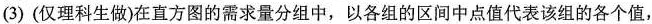
(3)(仅理科生做)在直方图的需求量分组中，以各组的区间中点值代表该组的各个值，